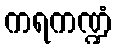
ကရကဏ္ဍံ